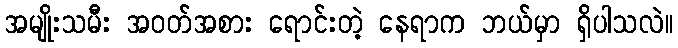
အမျိုးသမီး အဝတ်အစား ရောင်းတဲ့ နေရာက ဘယ်မှာ ရှိပါသလဲ။